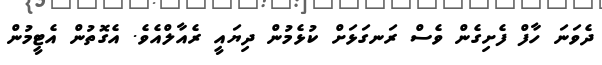
ދެވަނަ ހާފް ފެށިގެން ވެސް ރަނގަޅަށް ކުޅެމުން ދިޔައީ ރެއާލްއެވެ. އެގޮތުން އެޓީމުން